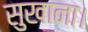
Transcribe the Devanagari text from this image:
सुखाना।